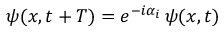
\psi ( x , t + T ) = e ^ { - i \alpha _ { i } } \, \psi ( x , t )